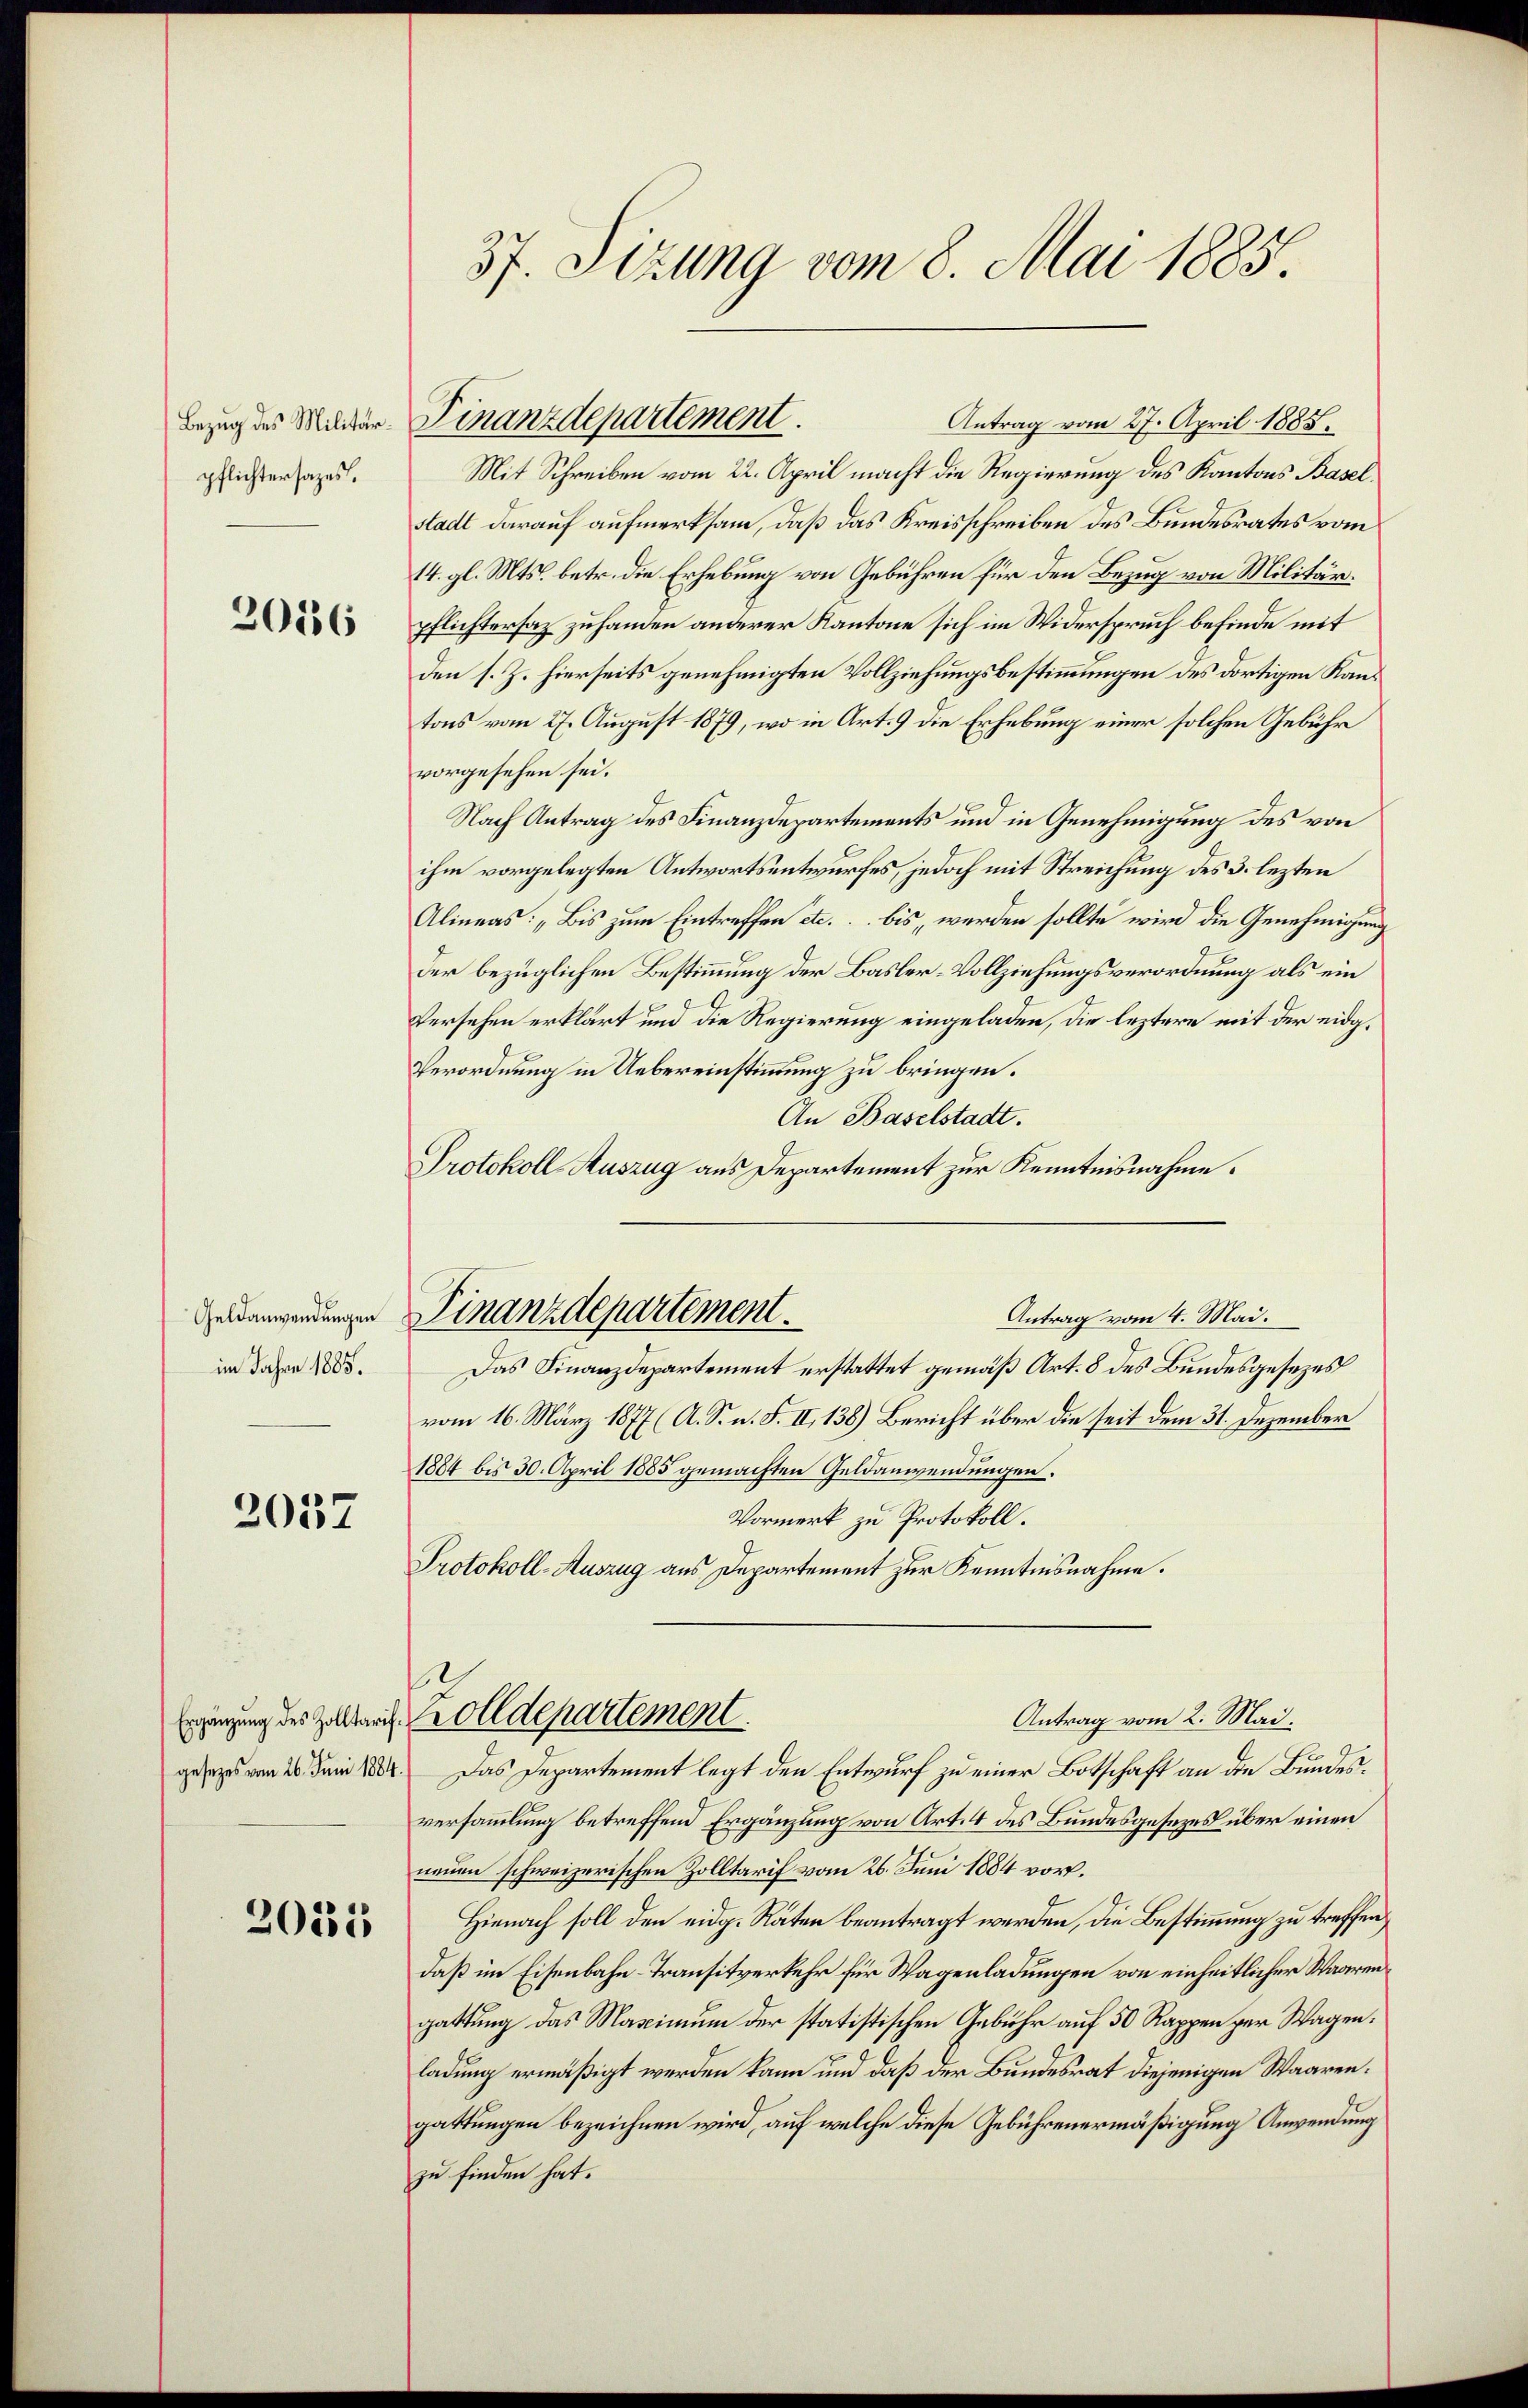
pflichtersazes.

2056

Geldanwendungen
im Jahre 1885.

2052

201315

37. Sizung vom 8. Mai 1885.

Antrag vom 27. April 1885.
Mit Schreiben vom 22. April macht die Regierung des Kantons Baselstadt darauf aufmerksam, daß das Kreisschreiben des Bundesrates vom
14. gl. Mts. betr. die Erhebung von Gebühren für den Bezug von Militär.
pflichtersaz zuhanden anderer Kantone sich im Widerspruch befinde mit
den s. Z. hierseits genehmigten Vollziehungsbestimmungen des dortigen Kantons vom 27. August 1879, wo in Art. 9 die Erhebung einer solchen Gebühr
vorgesehen sei.
Nach Antrag des Finanzdepartements und in Genehmigung des von
ihm vorgelegten Antwortsentwurfes, jedoch mit Streichung des 3. lezten
Alineas: „Bis zum Eintreffen etc. bis werden sollte wird die Genehmigung
der bezüglichen Bestimmung der Basler-Vollziehungsverordnung als ein
Versehen erklärt und die Regierung eingeladen, die leztere mit der eidg¬
Verordnung in Uebereinstimmung zu bringen.
An Baselstadt.
Protokoll Auszug aus Departement zur Kenntnisnahme.

Bezug des Milder Finanzdepartement

Finanzdepartement.
Antrag vom 4. Mai.

Das Finanzdepartement erstattet gemäß Art. 8 des Bundesgesezes
vom 16. März 1877 (A. S. n. F. II, 138) Bericht über die seit dem 31. Dezember
1884 bis 30. April 1885 gemachten Geldanwendungen.
Vormerk zu Protokoll.
Protokoll-Auszug aus Departement zur Kenntnisnahme.
Antrag vom 2. Mai.
gesezes von 20. Juni 1804. Das Departement legt den Entwurf zu einer Botschaft an die Bundesversammlung betreffend Ergänzung von Art. 4 des Bundesgesezes über einen
neuen schweizerischen Zolltarif vom 26. Juni 1884 vor.
Hienach soll den eidg. Räten beantragt werden, die Bestimmung zu treffen,
daß im Eisenbahn-Transitverkehr für Wagenladungen von einheitlicher Waarengattung das Maximum der statistischen Gebühr auf 50 Rappen zur Wagen.
ladung ermäßigt werden kann und daß der Bundesrat diejenigen Waarengattungen bezeichnen wird, auf welche diese Gebührenermäßigung Anwendung
zu finden hat.

.
Ergänzung des Zollbar wolldepartement.